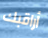
أراقبك